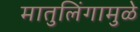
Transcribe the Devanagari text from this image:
मातुलिंगामुळे